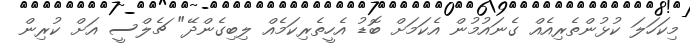
މިކަހަލަ ކުޅުންތެރިއެއް ގެނައުމުން އެކަމަށް ބޮޑު އެހީތެރިކަމެއް ލިބިގެންދޭ" ޗެލްސީ އަށް ކުރިން